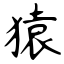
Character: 猿